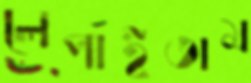
লেপাইতাম